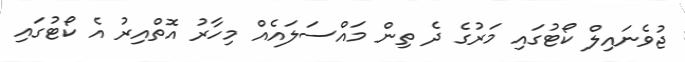
ޖުވެނައިލް ކޯޓުގައި މަރުގެ ދެ ތިން މައްސަލައެއް މިހާރު އޮތްއިރު އެ ކޯޓުގައި